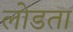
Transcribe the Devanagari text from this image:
लोडता